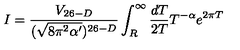
I = \frac { V _ { 2 6 - D } } { ( \sqrt { 8 \pi ^ { 2 } \alpha ^ { \prime } } ) ^ { 2 6 - D } } \int _ { R } ^ { \infty } \frac { d T } { 2 T } T ^ { - \alpha } e ^ { 2 \pi T }